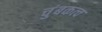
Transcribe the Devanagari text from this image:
चुंबकत्‍व